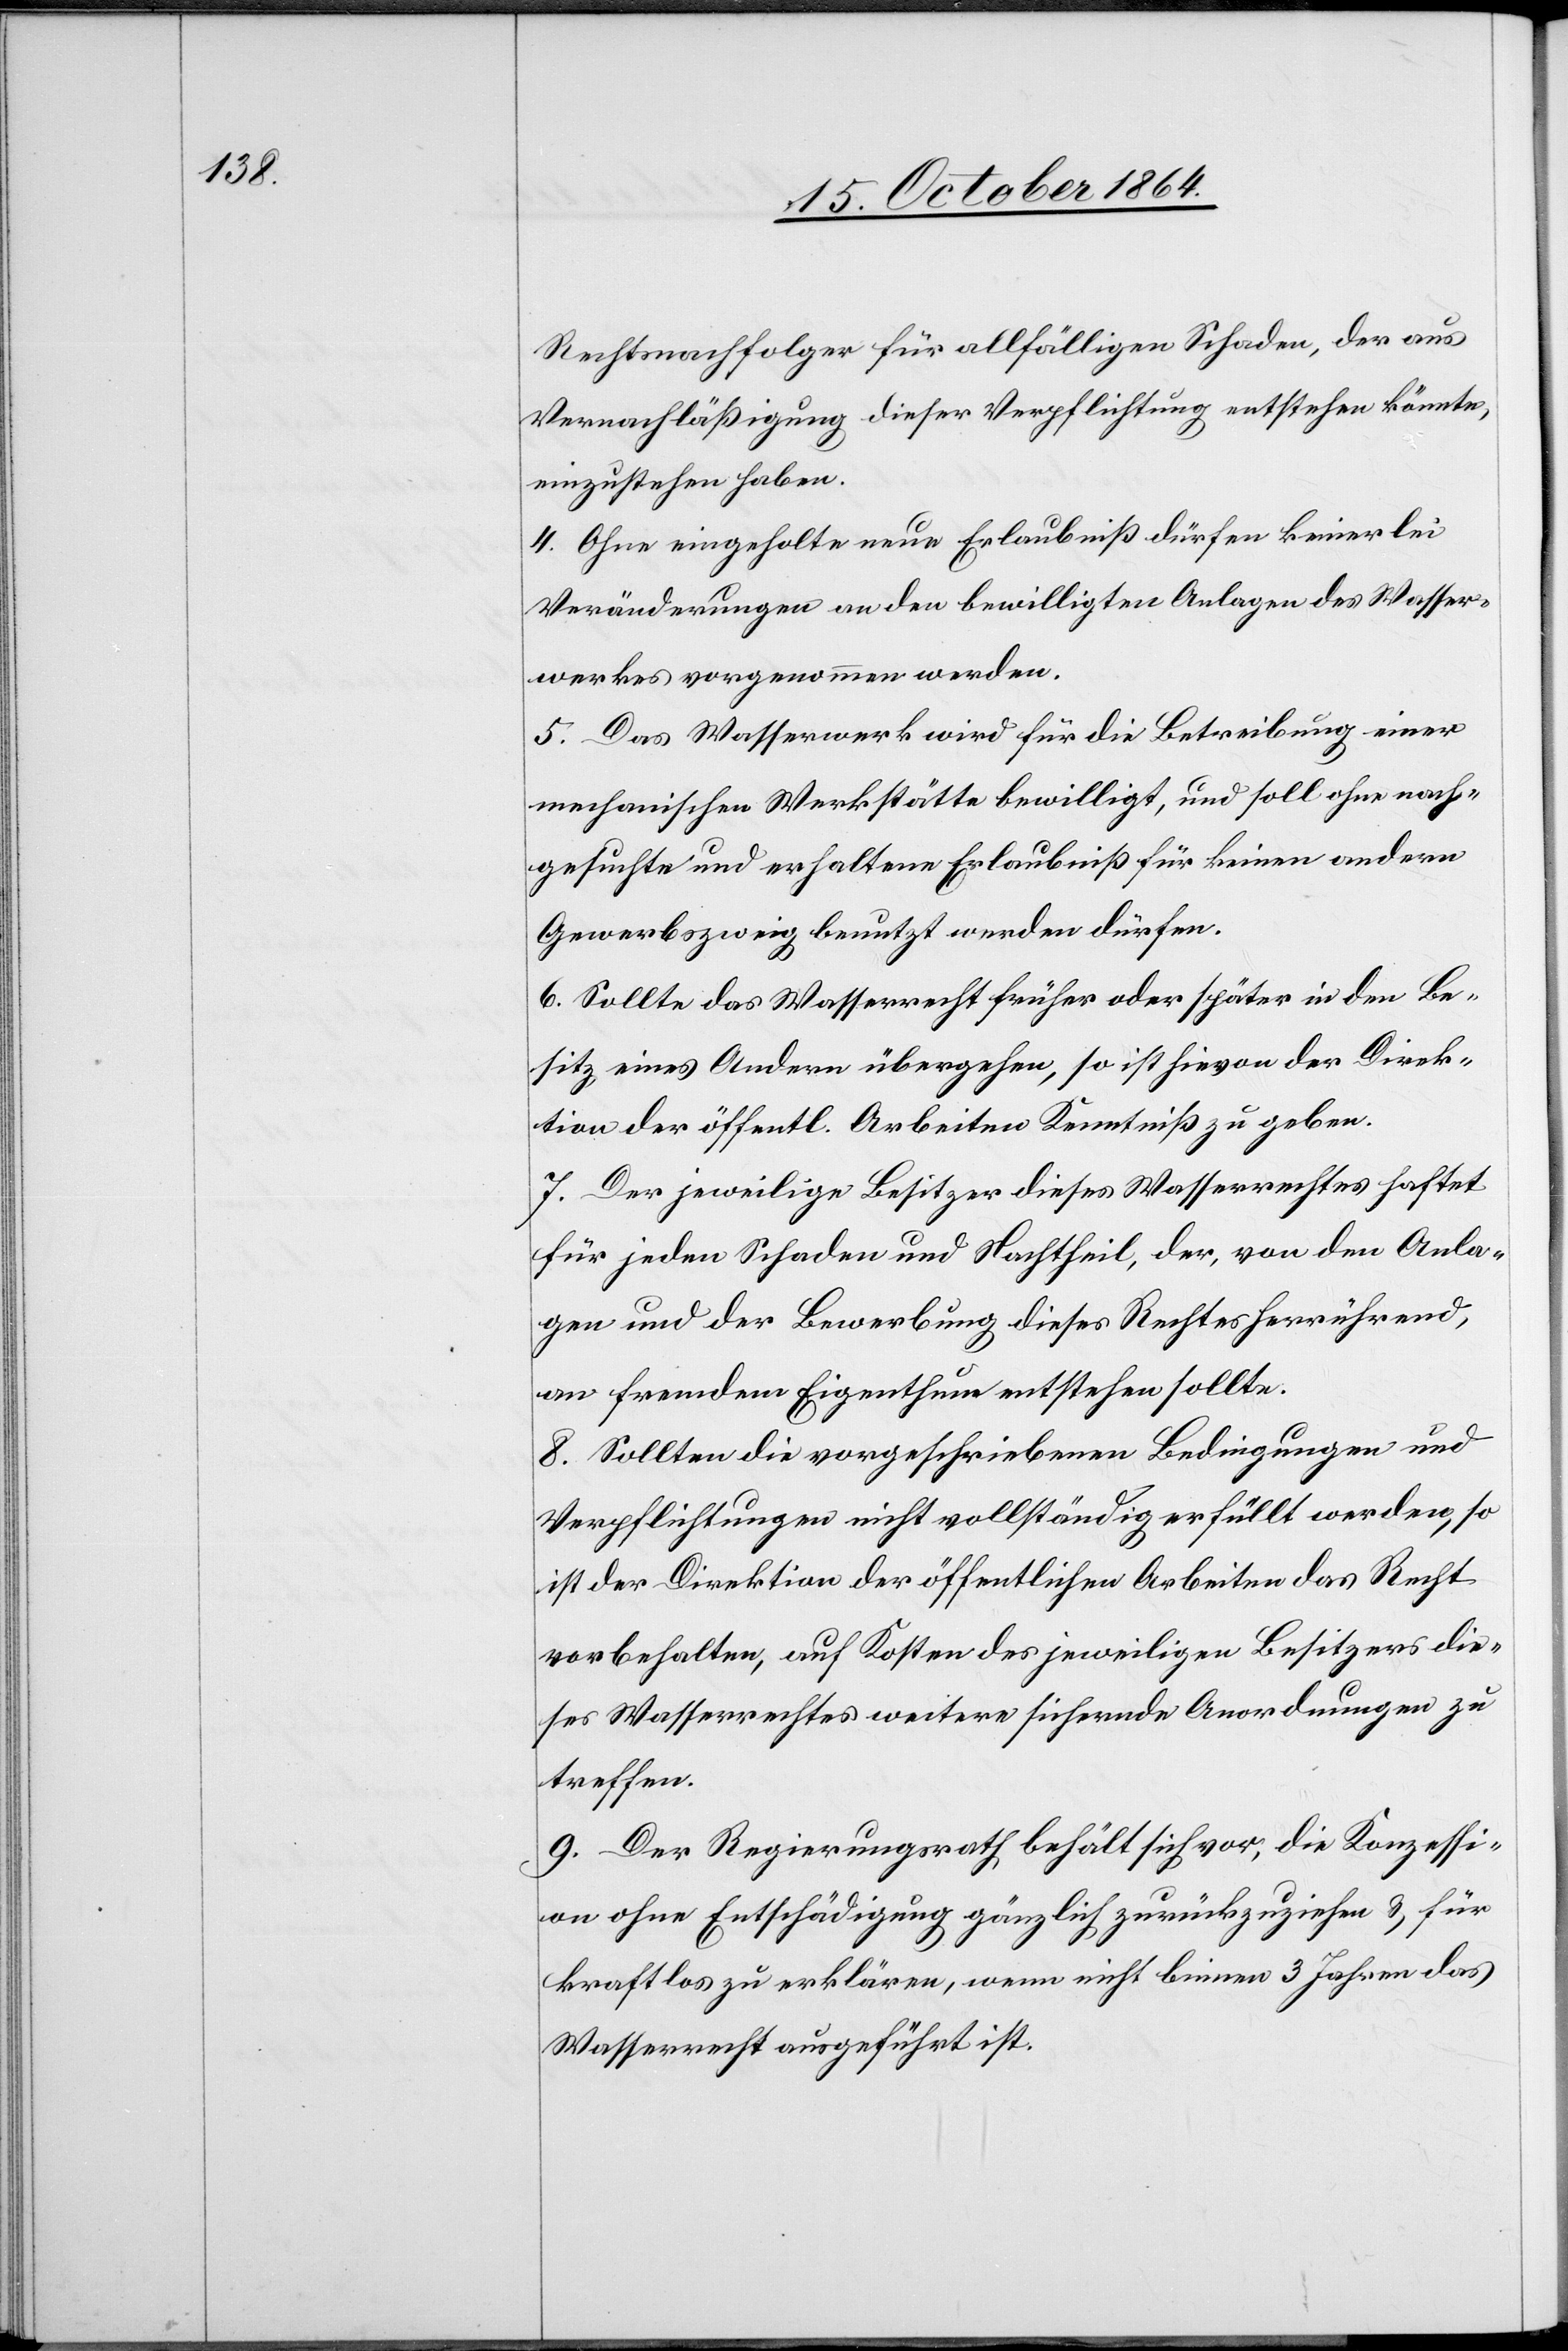
Rechtsnachfolger für allfälligen Schaden, der aus
Vernachläßigung dieser Verpflichtung entstehen könnte,
einzustehen haben.
4. Ohne eingeholte neue Erlaubniß dürfen keinerlei
Veränderungen an den bewilligten Anlagen des Wasser¬
werkes vorgenommen werden.
5. Das Wasserwerk wird für die Betreibung einer
mechanischen Werkstätte bewilligt, und soll ohne nach¬
gesuchte und erhaltene Erlaubniß für keinen andern
Gewerbszweig benutzt werden dürfen.
6. Sollte das Wasserrecht früher oder später in den Be¬
sitz eines Andern übergehen, so ist hievon der Direk¬
tion der öffentl. Arbeiten Kenntniß zu geben.
7. Der jeweilige Besitzer dieses Wasserrechtes haftet
für jeden Schaden und Nachtheil, der, von den Anla¬
gen und der Bewerbung dieses Rechtes herrührend,
an fremdem Eigenthum entstehen sollte.
8. Sollten die vorgeschriebenen Bedingungen und
Verpflichtungen nicht vollständig erfüllt werden, so
ist der Direktion der öffentlichen Arbeiten das Recht
vorbehalten, auf Kosten des jeweiligen Besitzers die¬
ses Wasserrechtes weitere sichernde Anordnungen zu
treffen.
9. Der Regierungsrath behält sich vor, die Konzessi¬
on ohne Entschädigung gänzlich zurückzuziehen & für
kraftlos zu erklären, wenn nicht binnen 3 Jahren das
Wasserrecht ausgeführt ist.